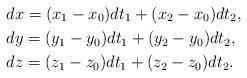
LaTeX: \begin{align*} &dx=(x_1-x_0) dt_1 +(x_2-x_0) dt_2, \\&dy=(y_1-y_0) dt_1 +(y_2-y_0) dt_2, \\&dz=(z_1-z_0) dt_1 +(z_2-z_0) dt_2.\end{align*}